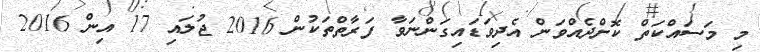
މި މަސައްކަތް ކޮށްދެއްވަން އެދިވަޑައިގަންނަވާ ފަރާތްތަކުން 2016 ޖުލައި 17 އިން 2016